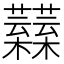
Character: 𧅟